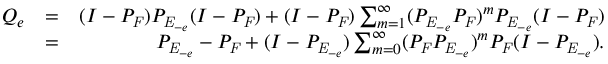
\begin{array} { r l r } { Q _ { e } } & { = } & { ( I - P _ { \mathit { F } } ) P _ { \mathit { E } _ { - e } } ( I - P _ { \mathit { F } } ) + ( I - P _ { \mathit { F } } ) \sum _ { m = 1 } ^ { \infty } ( P _ { \mathit { E } _ { - e } } P _ { \mathit { F } } ) ^ { m } P _ { \mathit { E } _ { - e } } ( I - P _ { \mathit { F } } ) } \\ & { = } & { P _ { \mathit { E } _ { - e } } - P _ { \mathit { F } } + ( I - P _ { \mathit { E } _ { - e } } ) \sum _ { m = 0 } ^ { \infty } ( P _ { \mathit { F } } P _ { \mathit { E } _ { - e } } ) ^ { m } P _ { \mathit { F } } ( I - P _ { \mathit { E } _ { - e } } ) . } \end{array}